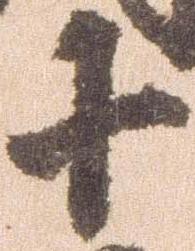
十